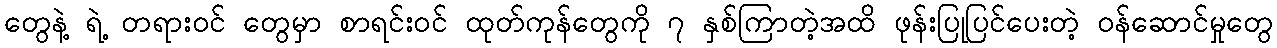
တွေနဲ့ ရဲ့ တရားဝင် တွေမှာ စာရင်းဝင် ထုတ်ကုန်တွေကို ၇ နှစ်ကြာတဲ့အထိ ဖုန်းပြုပြင်ပေးတဲ့ ဝန်ဆောင်မှုတွေ